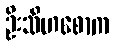
ဦးသီဟစောက